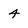
Character: 4